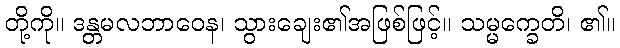
တို့ကို။ ဒန္တမလဘာဝေန၊ သွားချေး၏အဖြစ်ဖြင့်။ သမ္မက္ခေတိ၊ ၏။